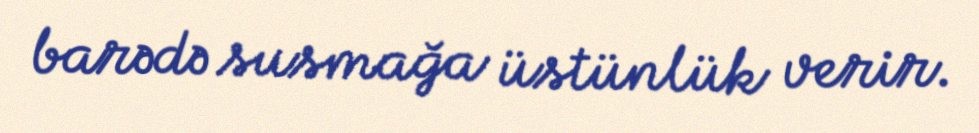
barədə susmağa üstünlük verir.